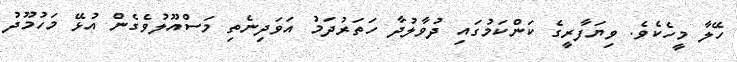
ހޭލާ މީހެެކެވެ. ވިޔަފާރީގެ ކަންކަމުގައި ދުވާލުދާ ހަތަރުދަމު އަވަދިނެތި މަސްއޫލުވެގެން އުޅޭ މަހުމޫދު